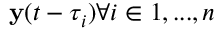
\mathbf { y } ( t - \tau _ { i } ) \forall i \in { 1 , . . . , n }